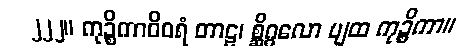
၂၂၂။ ကုဉ္စိကာဝိဝရံ တာဠ၊ စ္ဆိဂ္ဂလော ပျထ ကုဉ္စိကာ။